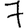
Digit: 7